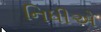
નિધીએ